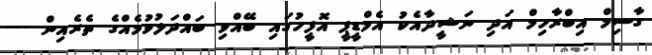
ގާސިމް އިބްރާހިމް އަދި ނަޝީދާއެކު އެމްޑީޕީ އޮފީހުގައި ބޭއްވި ބައްދަލުވުމެއްގެ ތެރެއިން ---